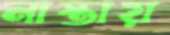
নাস্তায়